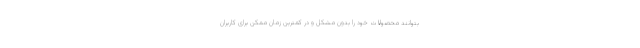
بتوانند محصولات خود را بدون مشکل و در کمترین زمان ممکن برای کاربران